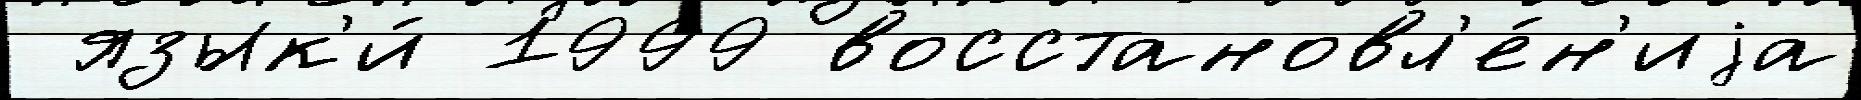
 язык'и́ 1999 восстановл'е́н'иjа